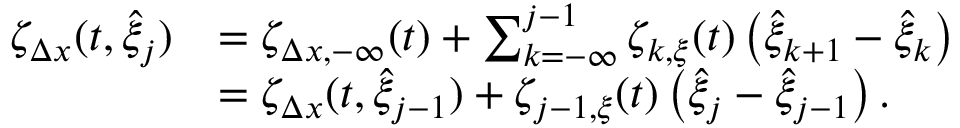
\begin{array} { r l } { \zeta _ { \Delta x } ( t , \hat { \xi } _ { j } ) } & { = \zeta _ { \Delta x , - \infty } ( t ) + \sum _ { k = - \infty } ^ { j - 1 } \zeta _ { k , \xi } ( t ) \left( \hat { \xi } _ { k + 1 } - \hat { \xi } _ { k } \right) } \\ & { = \zeta _ { \Delta x } ( t , \hat { \xi } _ { j - 1 } ) + \zeta _ { j - 1 , \xi } ( t ) \left( \hat { \xi } _ { j } - \hat { \xi } _ { j - 1 } \right) . } \end{array}